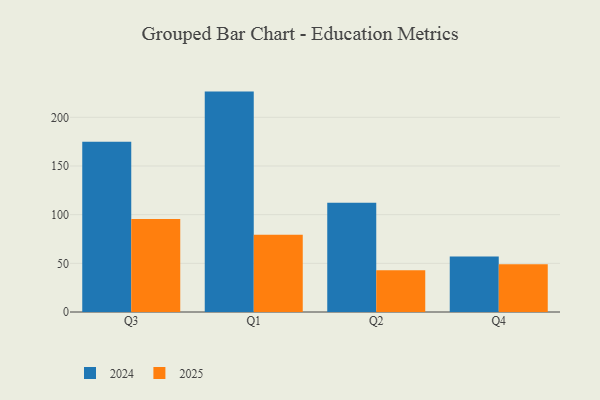
{"axis": {"x": "Quarter", "y": "Revenue (USD Million)"}, "legend": ["2024", "2025"], "data": [{"x": "Q3", "y": 174.8, "type": "2024"}, {"x": "Q3", "y": 95.5, "type": "2025"}, {"x": "Q1", "y": 226.4, "type": "2024"}, {"x": "Q1", "y": 79.4, "type": "2025"}, {"x": "Q2", "y": 112.3, "type": "2024"}, {"x": "Q2", "y": 42.8, "type": "2025"}, {"x": "Q4", "y": 57.1, "type": "2024"}, {"x": "Q4", "y": 49.1, "type": "2025"}]}